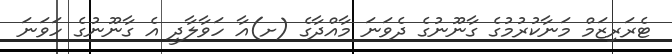
ޓެރަރިޒަމް މަނާކުރުމުގެ ގާނޫނުގެ ދެވަނަ މާއްދާގެ (ށ)އާ ހަވާލާދީ އެ ގާނޫނުގެ ހަވަނަ